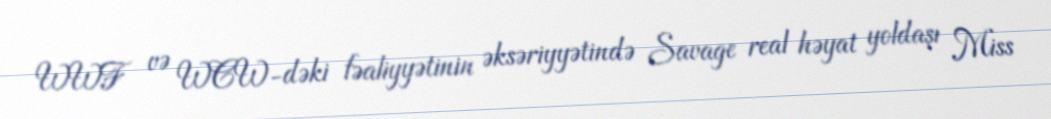
WWF və WCW-dəki fəaliyyətinin əksəriyyətində Savage real həyat yoldaşı Miss